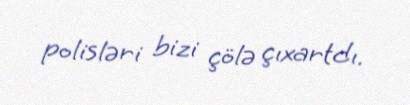
polisləri bizi çölə çıxartdı.